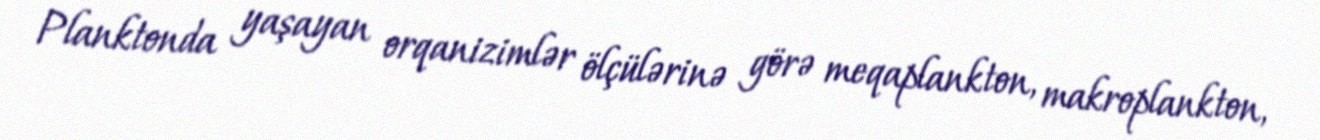
Planktonda yaşayan orqanizimlər ölçülərinə görə meqaplankton, makroplankton,